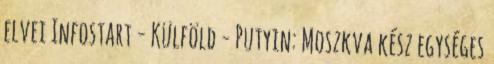
elvei Infostart - Külföld - Putyin: Moszkva kész egységes